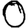
Digit: 0